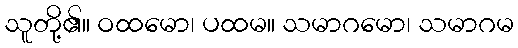
သူတို့၏။ ဝထမော၊ ပထမ။ သမာဂမော၊ သမာဂမ